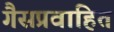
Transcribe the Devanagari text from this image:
गैसप्रवाहित